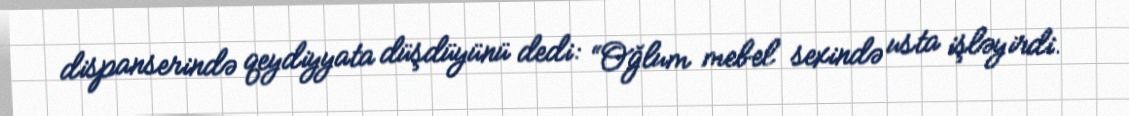
dispanserində qeydiyyata düşdüyünü dedi: “Oğlum mebel sexində usta işləyirdi.